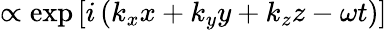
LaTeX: \propto\exp\left[i\left(k_{x}x+k_{y}y+k_{z}z-\omega t\right)\right]